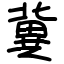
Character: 冀